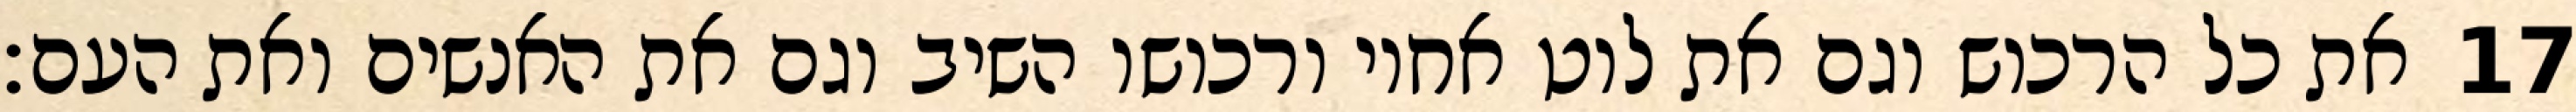
את כל הרכוש וגם את לוט אחיו ורכושו השיב וגם את האנשים ואת העם׃ ‎17‏